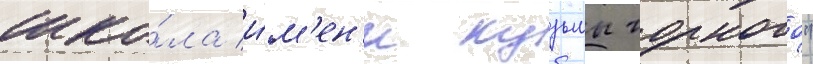
шко́ла и́м'ен'и кузьмы чорного"